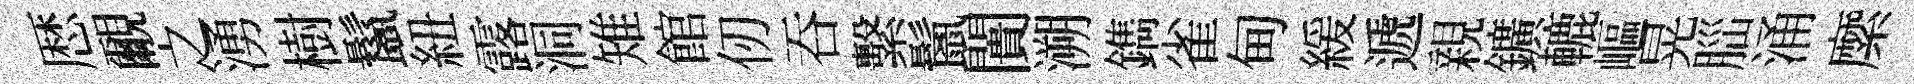
厯覼之湧樹鬣紐露洞雉館仞吞繫鬛闠溯鐫雀甸緩遞親鑛轆嶇晃𦛁涌縻